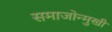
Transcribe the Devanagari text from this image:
समाजोन्मुखी